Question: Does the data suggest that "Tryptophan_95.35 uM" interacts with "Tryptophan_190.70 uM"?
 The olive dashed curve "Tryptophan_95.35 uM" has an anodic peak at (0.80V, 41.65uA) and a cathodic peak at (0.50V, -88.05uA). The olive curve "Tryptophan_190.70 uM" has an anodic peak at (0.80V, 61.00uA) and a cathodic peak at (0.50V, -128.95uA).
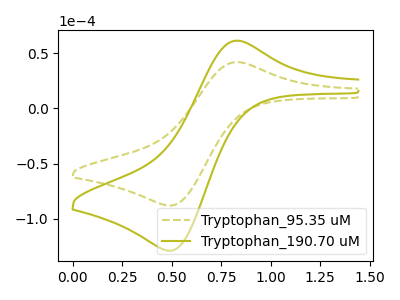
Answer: <think>All the peaks in "Tryptophan_95.35 uM" have a peak in "Tryptophan_190.70 uM" at the same potential. Every peak in "Tryptophan_95.35 uM" is lower than every peak in "Tryptophan_190.70 uM".
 </think>
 <answer>No, "Tryptophan_95.35 uM" and "Tryptophan_190.70 uM" don't appear to be significantly different in shape</answer>
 <eval>no_change</eval>